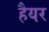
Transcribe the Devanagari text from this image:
हैयर